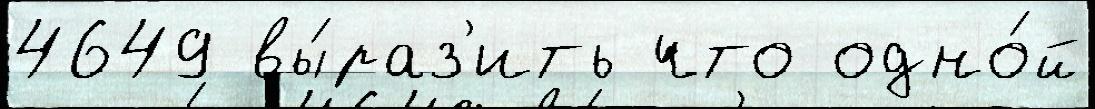
4649 вы́раз'ить что одно́й